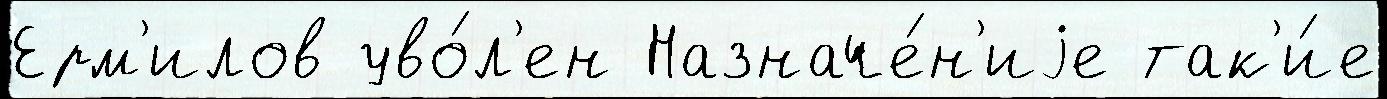
Ерм'илов уво́л'ен Назначе́н'иjе так'и́е